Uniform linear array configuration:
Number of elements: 24
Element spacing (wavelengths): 0.25
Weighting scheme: blackman
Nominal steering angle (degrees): -45
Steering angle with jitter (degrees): -44.942
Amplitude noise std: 0.05
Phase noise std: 0.05

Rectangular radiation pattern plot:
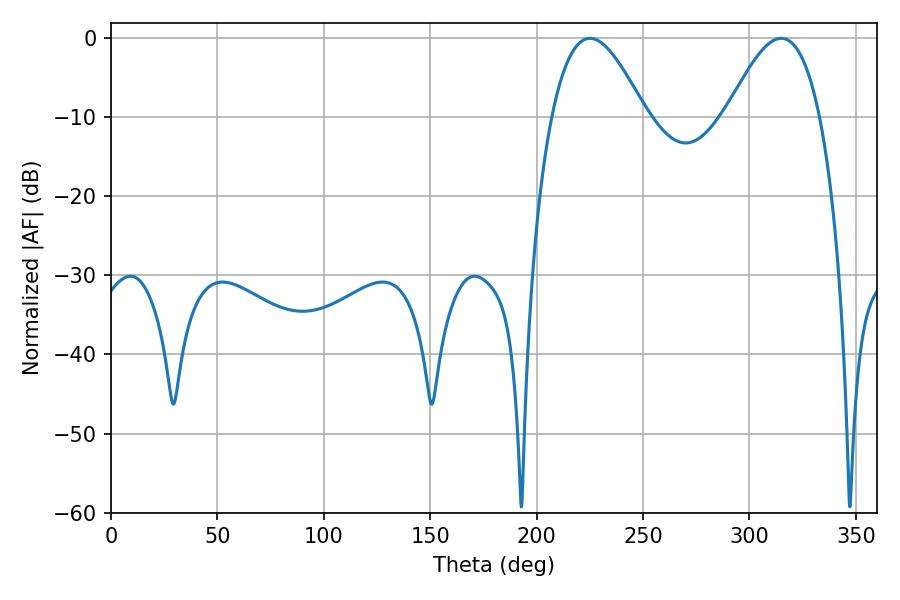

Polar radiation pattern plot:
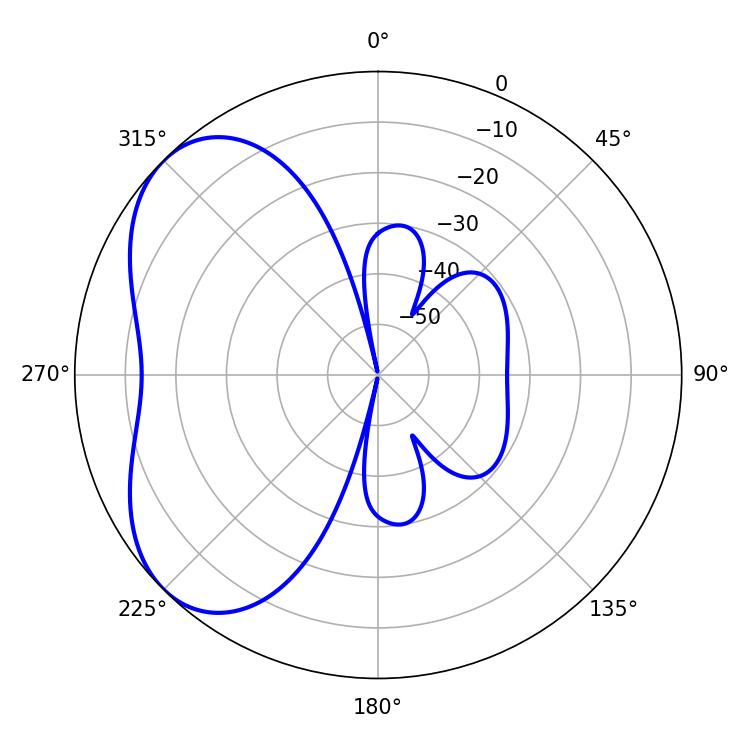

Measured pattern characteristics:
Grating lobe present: FALSE
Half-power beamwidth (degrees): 23.76
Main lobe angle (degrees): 225